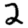
Digit: 2